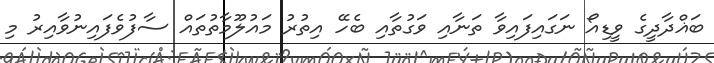
ބަޣްދާދީގެ ވީޑިއޯ ނަގައިފައިވާ ތަނާއި ވަގުތާއި ބެހޭ އިތުރު މައުލޫމާތުތައް ސާފުވެފައިނުވާއިރު މި